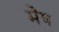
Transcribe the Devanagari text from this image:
मेेष